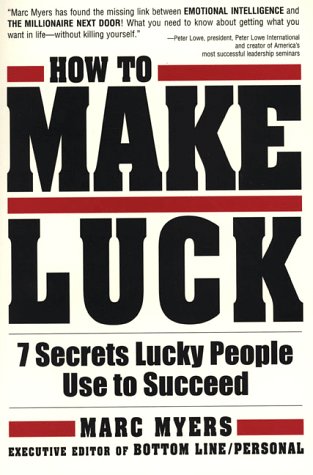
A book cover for How To Make Luck: Seven Secrets Lucky People Use To Succeed; Marc Myers; Health, Fitness & Dieting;